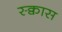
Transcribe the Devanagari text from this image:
स्क्वास